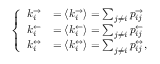
\left\{ \begin{array} { l l } { k _ { i } ^ { \rightarrow } } & { = \langle k _ { i } ^ { \rightarrow } \rangle = \sum _ { j \neq i } p _ { i j } ^ { \rightarrow } } \\ { k _ { i } ^ { \leftarrow } } & { = \langle k _ { i } ^ { \leftarrow } \rangle = \sum _ { j \neq i } p _ { i j } ^ { \leftarrow } } \\ { k _ { i } ^ { \leftrightarrow } } & { = \langle k _ { i } ^ { \leftrightarrow } \rangle = \sum _ { j \neq i } p _ { i j } ^ { \leftrightarrow } , } \end{array} \right.